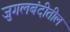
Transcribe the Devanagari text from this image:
जुगलबंदीतील